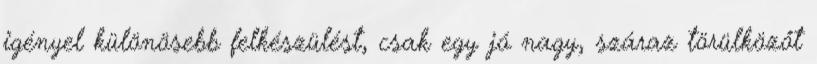
igényel különösebb felkészülést, csak egy jó nagy, száraz törülközőt